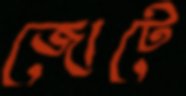
জোটে